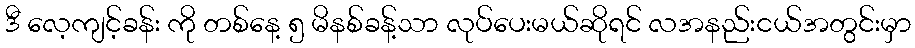
ဒီ လေ့ကျင့်ခန်း ကို တစ်နေ့ ၅ မိနစ်ခန့်သာ လုပ်ပေးမယ်ဆိုရင် လအနည်းငယ်အတွင်းမှာ